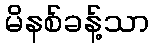
မိနစ်ခန့်သာ